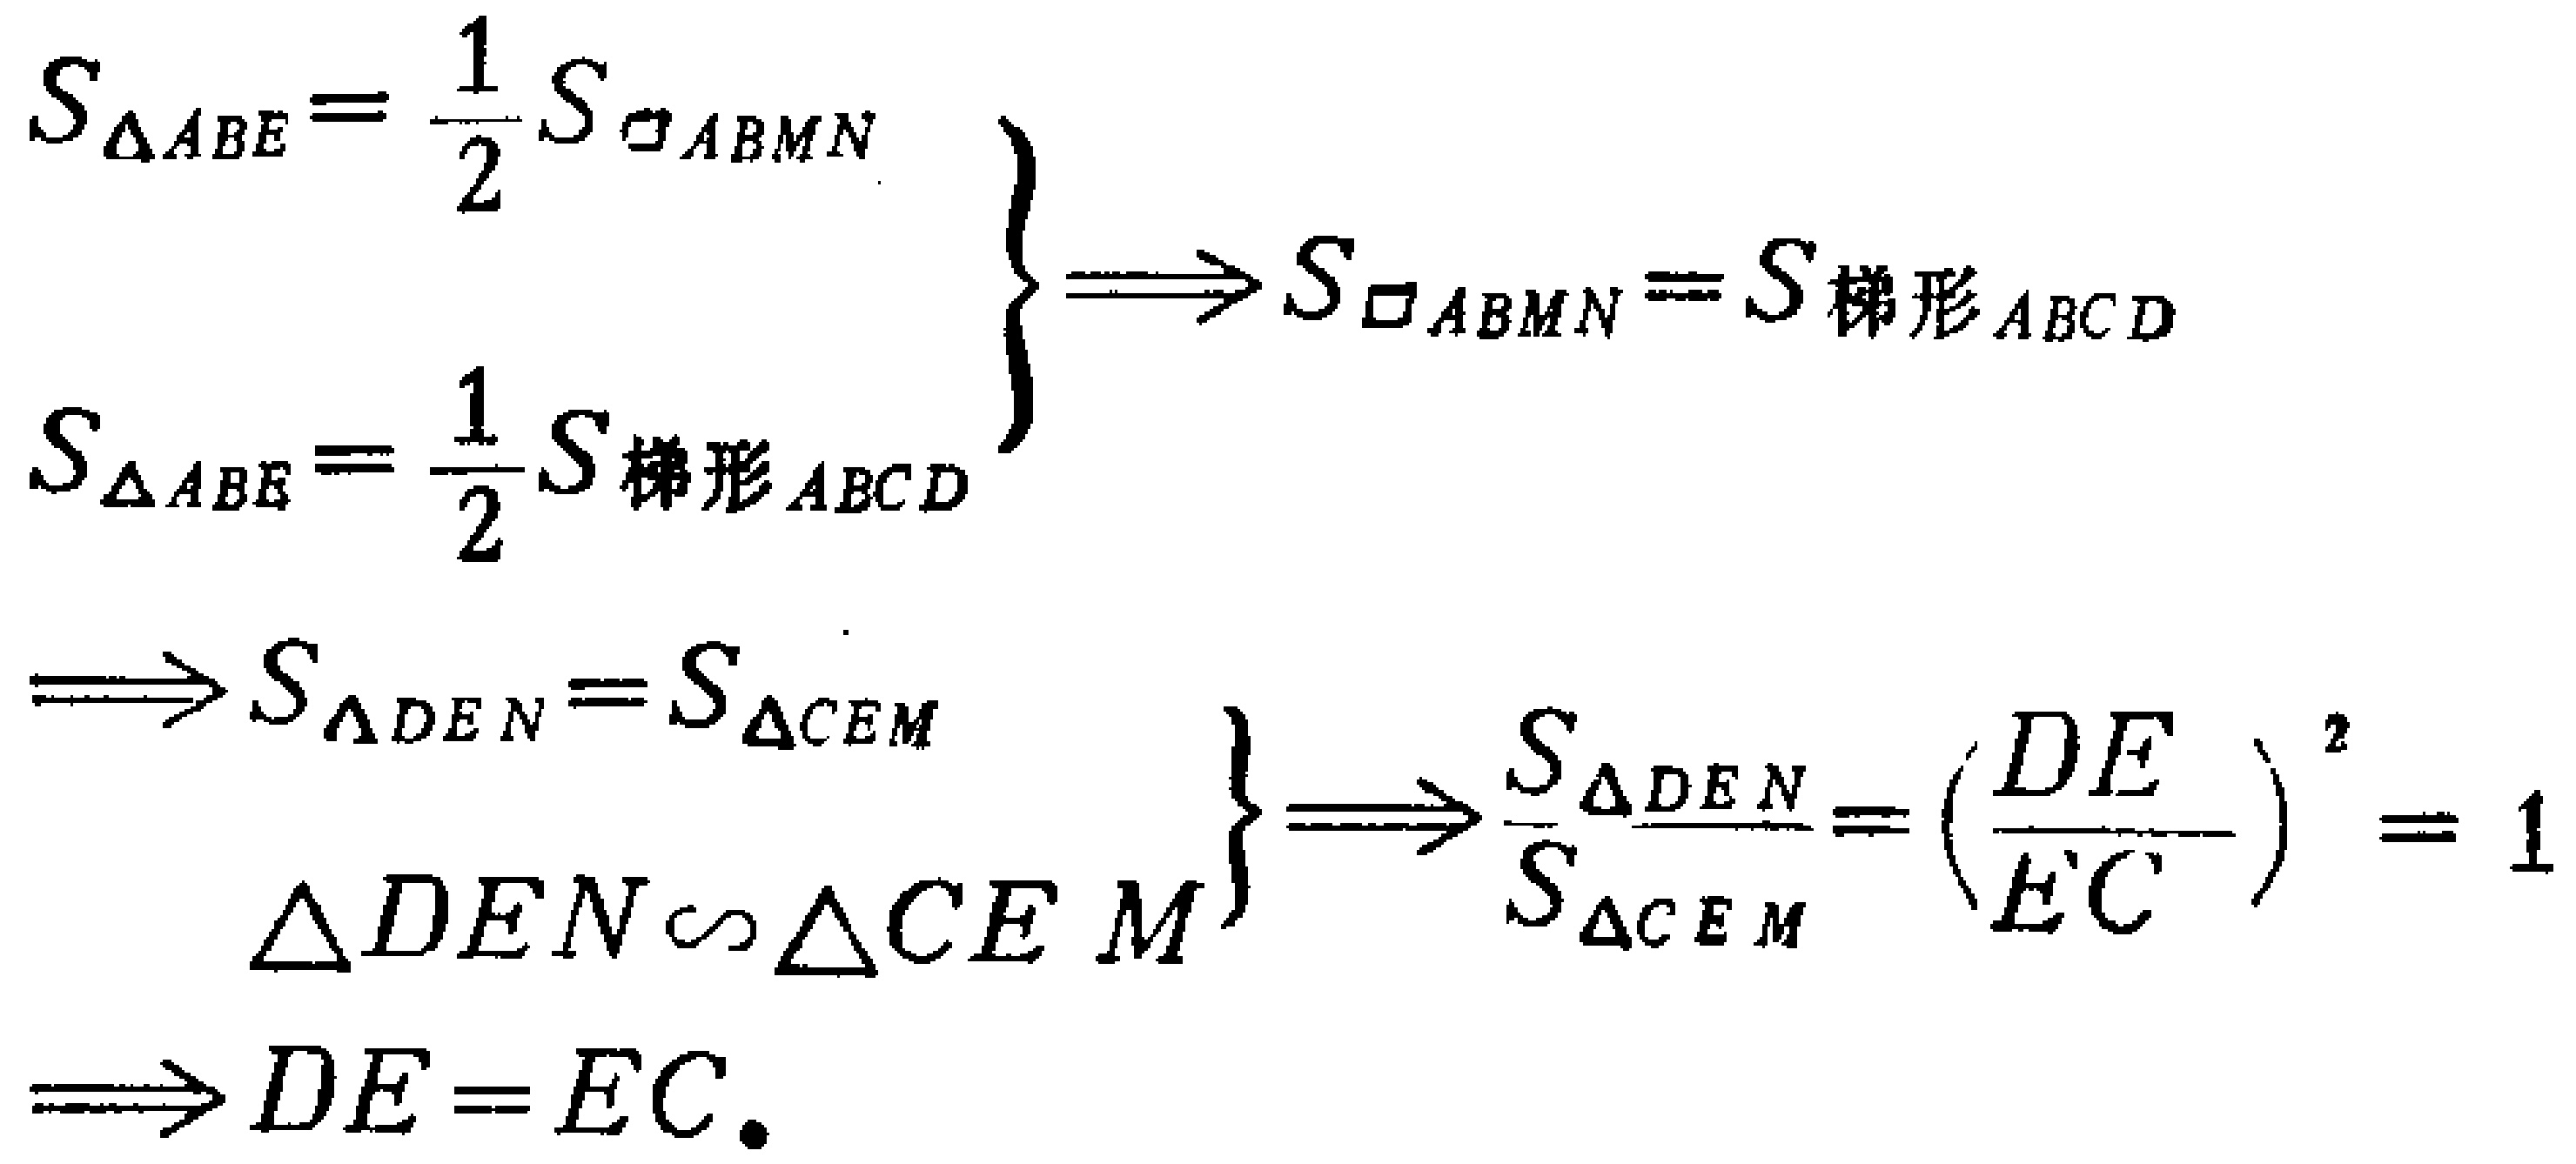
\[

\begin{align*}

S_{\triangle ABE}=\frac{1}{2}S_{\square ABMN}\\

S_{\triangle ABE}=\frac{1}{2}S_{梯形 ABCD}

\end{align*}

\Rightarrow S_{\square ABMN}=S_{梯形 ABCD}\\

\Rightarrow S_{\triangle DEN}=S_{\triangle CEM}\\

\begin{align*}

\triangle DEN\sim\triangle CEM

\end{align*}

\Rightarrow\frac{S_{\triangle DEN}}{S_{\triangle CEM}}=\left(\frac{DE}{EC}\right)^2 = 1\\

\Rightarrow DE = EC.

\]